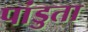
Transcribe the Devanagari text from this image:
पांडुता